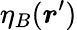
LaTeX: \eta_{B}(\boldsymbol{r}^{\prime})